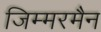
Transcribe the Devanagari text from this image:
जिम्मरमैन